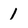
Character: 1